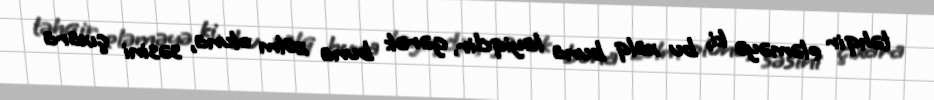
təhqir eləməyə ki, bu xalq buna layiqdir, gərək buna zülm oluna, səsini çıxara